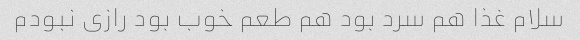
سلام غذا هم سرد بود هم طعم خوب بود رازى نبودم